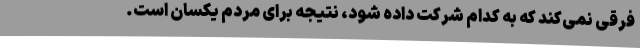
فرقی نمی‌کند که به کدام شرکت داده شود، نتیجه برای مردم یکسان است.